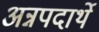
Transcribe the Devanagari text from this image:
अन्नपदार्थे